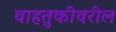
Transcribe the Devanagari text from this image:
वाहतुकीवरील